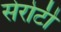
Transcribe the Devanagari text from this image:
सेरोटी